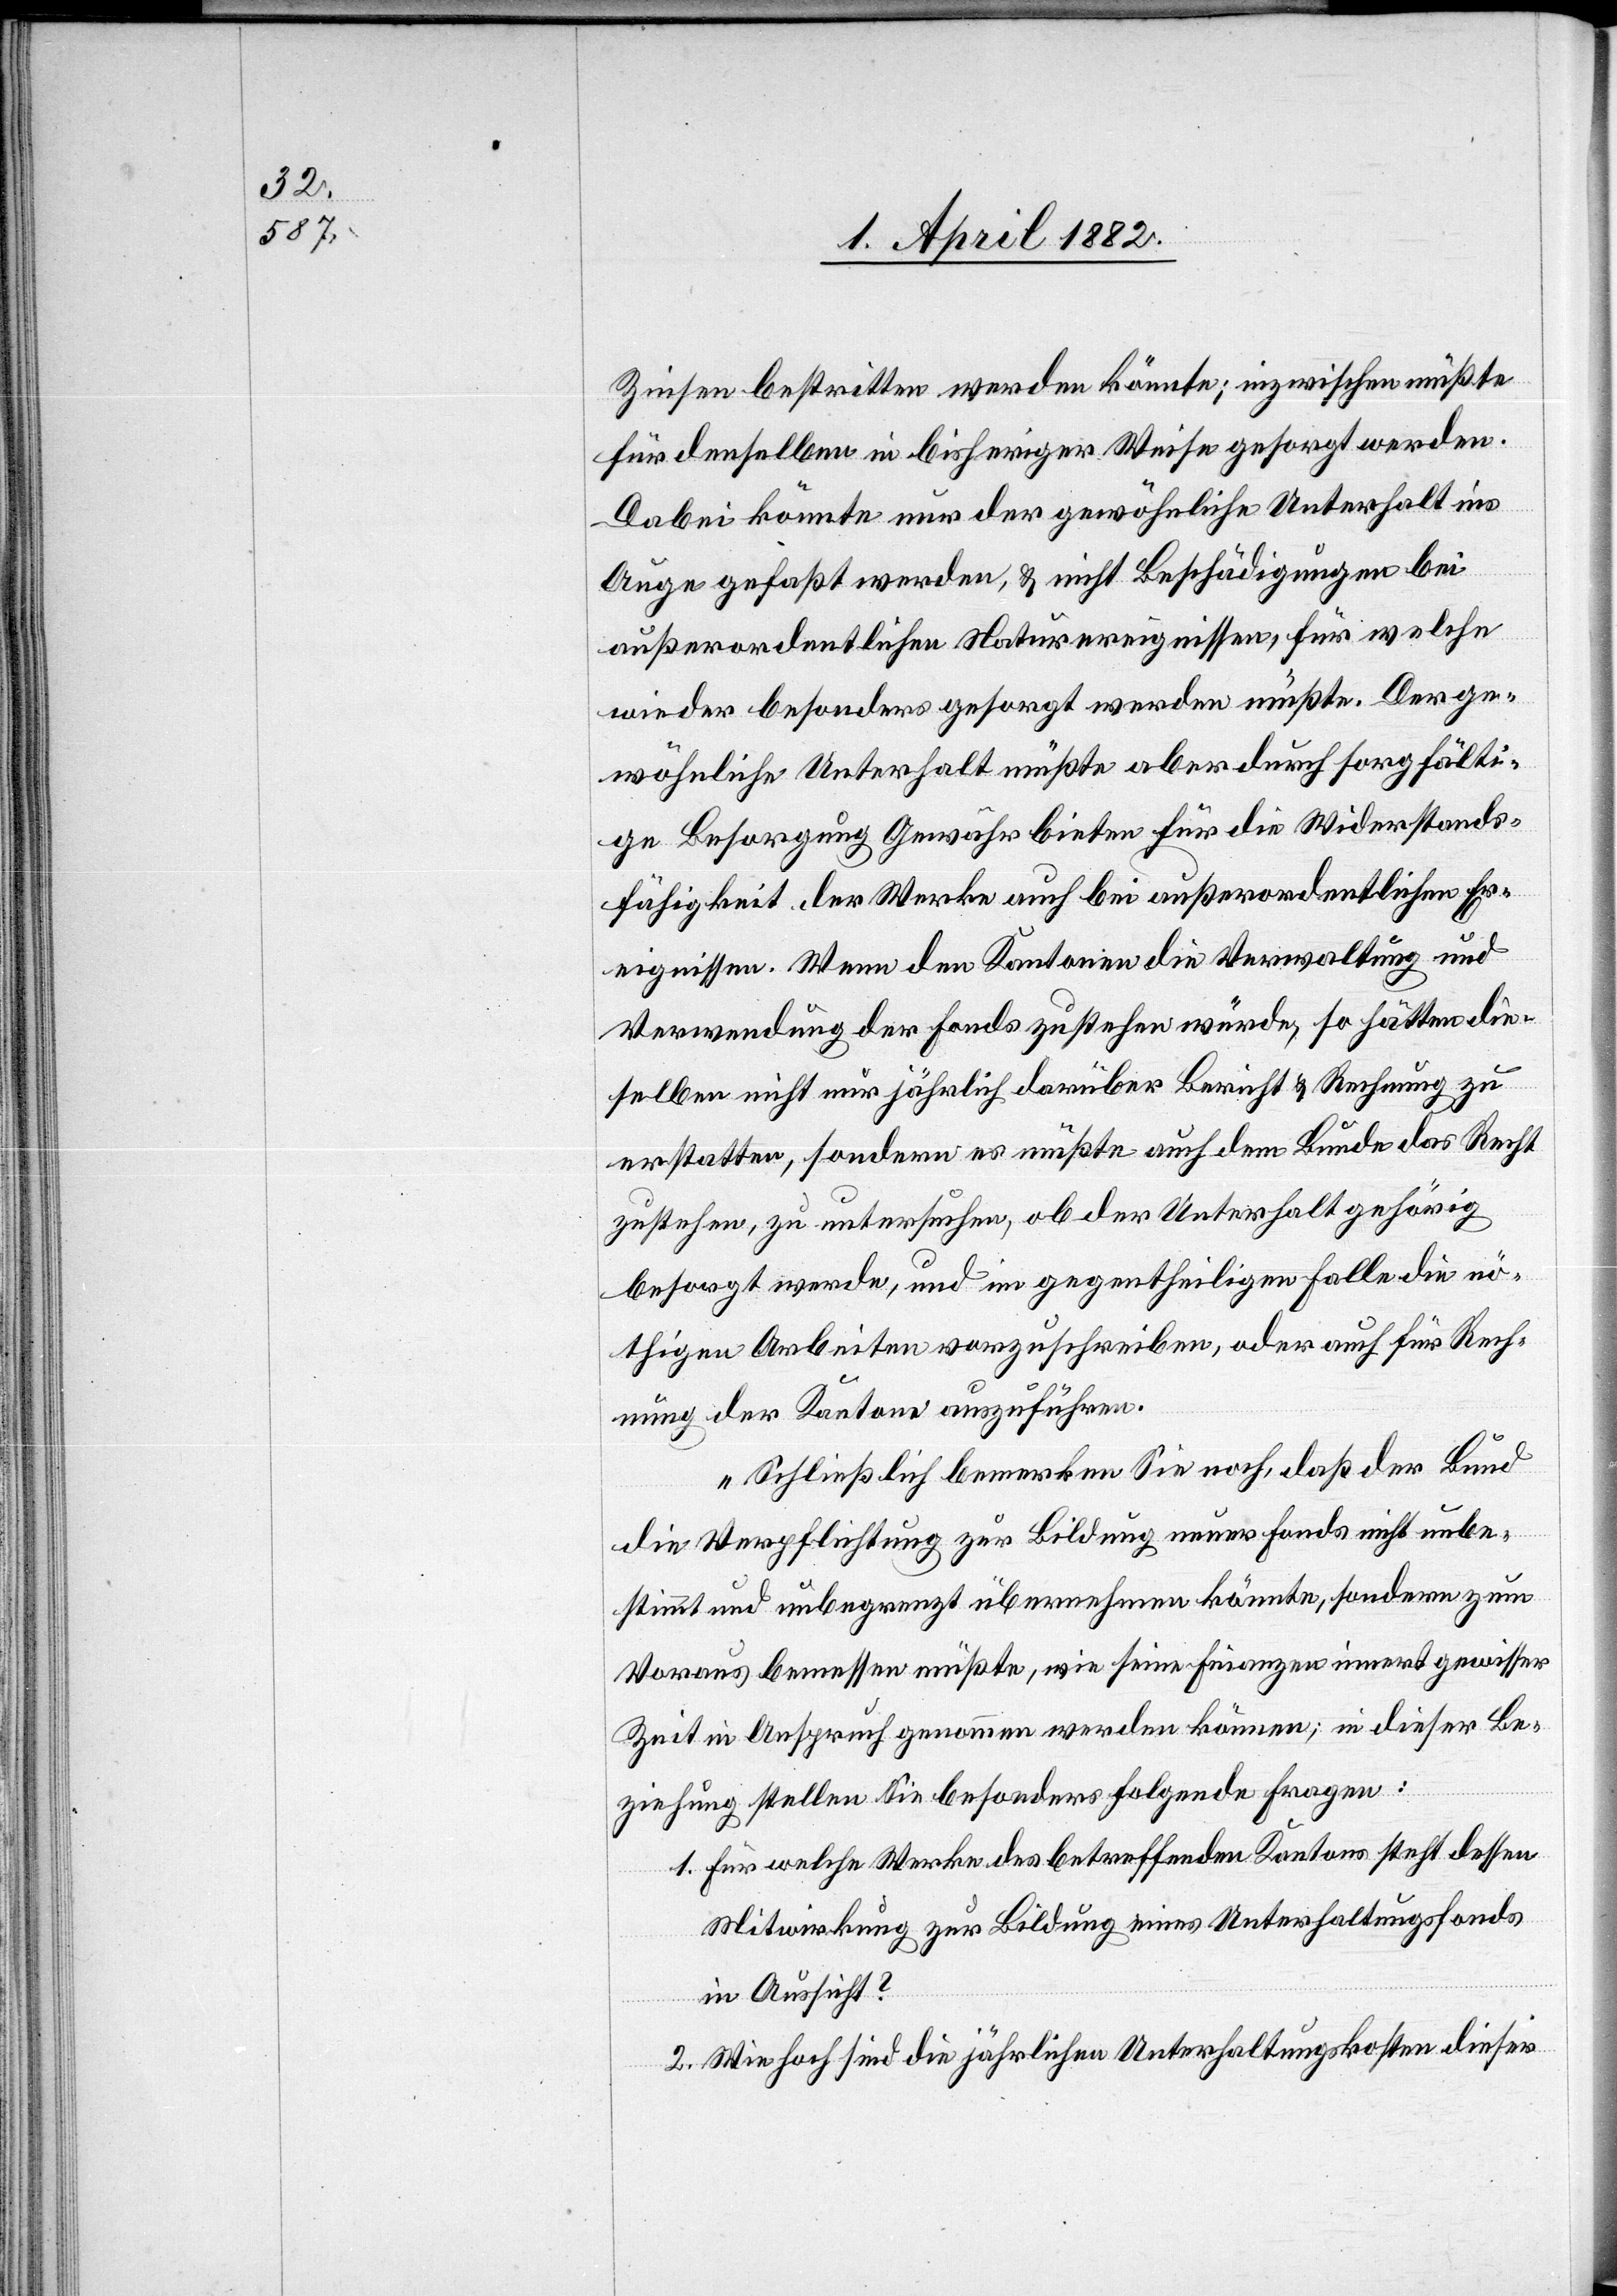
Zinsen bestritten werden könnte; inzwischen müßte
für denselben in bisheriger Weise gesorgt werden.
Dabei könnte nur der gewöhnliche Unterhalt ins
Auge gefaßt werden, & nicht Beschädigungen bei
außerordentlichen Naturereignissen, für welche
wieder besonders gesorgt werden müßte. Der ge¬
wöhnliche Unterhalt müßte aber durch sorgfälti¬
ge Besorgung Gewähr bieten für die Widerstands¬
fähigkeit der Werke auch bei außerordentlichen Er¬
eignissen. Wenn den Kantonen die Verwaltung und
Verwendung der Fonds zustehen würde, so hätten die¬
selben nicht nur jährlich darüber Bericht & Rechnung zu
erstatten, sondern es müßte auch dem Bunde das Recht
zustehen, zu untersuchen, ob der Unterhalt gehörig
besorgt werde, und im gegentheiligen Falle die nö¬
thigen Arbeiten vorzuschreiben, oder auch für Rech¬
nung der Kantone auszuführen.
Schließlich bemerken Sie noch, daß der Bund
die Verpflichtung zur Bildung neuer Fonds nicht unbe¬
stimmt und unbegrenzt übernehmen könnte, sondern zum
Voraus bemessen müßte, wie seine Finanzen innert gewisser
Zeit in Anspruch genommen werden können; in dieser Be¬
ziehung stellen Sie besonders folgende Fragen:
Für welche Werke des betreffenden Kantons steht dessen
Mitwirkung zur Bildung eines Unterhaltungsfonds
in Aussicht?
Wie hoch sind die jährlichen Unterhaltungskosten dieser